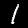
Digit: 1